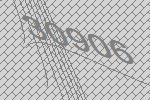
30906